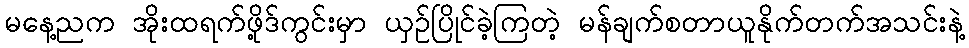
မနေ့ညက အိုးထရက်ဖို့ဒ်ကွင်းမှာ ယှဉ်ပြိုင်ခဲ့ကြတဲ့ မန်ချက်စတာယူနိုက်တက်အသင်းနဲ့